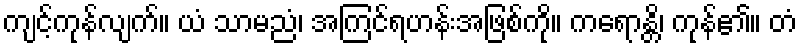
ကျင့်ကုန်လျက်။ ယံ သာမညံ၊ အကြင်ရဟန်းအဖြစ်ကို။ ကရောန္တိ၊ ကုန်၏။ တံ